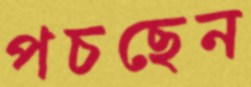
পচছেন